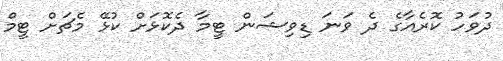
ދުވަހު ކޮރެއާގެ ދެ ވަނަ ޑިވިޝަން ޓީމާ ދެކޮޅަށް ކުޅޭ މެޗަށް ޓީމް